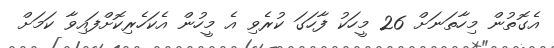
އެގޮތުން މިހާތަނަށް 26 މީހަކު ފާހަގަ ކުރެވި އެ މީހުން އެކަހެރިކޮށްފައިވާ ކަމަށް